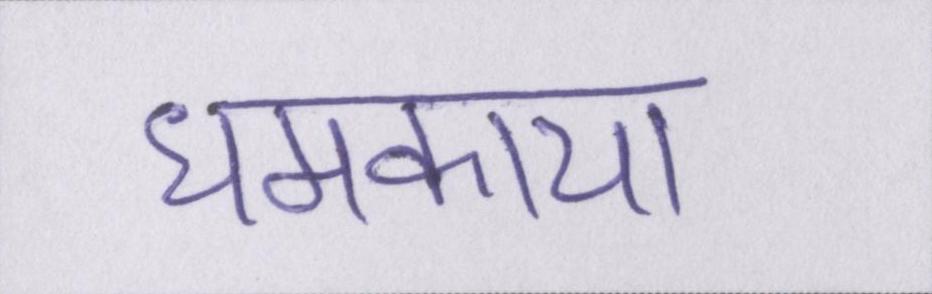
धमकाया